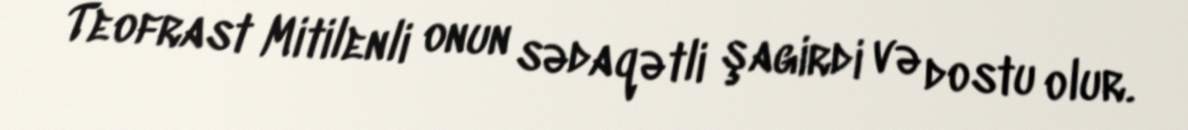
Teofrast Mitilenli onun sədaqətli şagirdi və dostu olur.